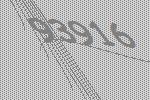
93916